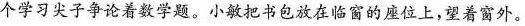
个学习尖子争论着数学题。小敏把书包放在临窗的座位上，望着窗外。